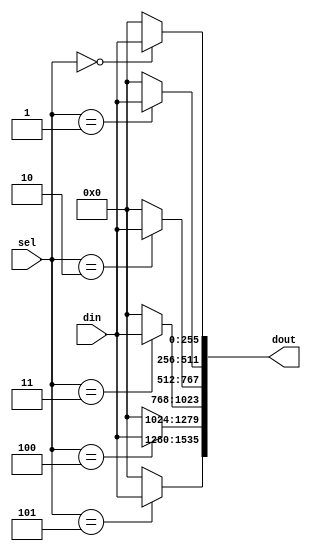
`timescale 1ns / 1ps
module data_demux #(
		parameter    CHN_NUM      = 6   				,		
		parameter    DWID         = 256 				,       
		parameter    NUMWID       = logb(CHN_NUM) 	 	    
)(
		input   wire [DWID-1:0]         din 			,		
		input   wire [NUMWID-1:0]       sel 			, 		
		output  reg  [DWID*CHN_NUM-1:0] dout     		 		
);

function integer logb;
  input integer depth;
  integer depth_reg;
	begin
        depth_reg = depth;
        for (logb=0; depth_reg>0; logb=logb+1)begin
          depth_reg = depth_reg >> 1;
        end
        if( 2**logb >= depth*2 )begin
          logb = logb - 1;
        end
	end 
endfunction


integer i;
always@( * ) begin
	for( i=0; i<CHN_NUM; i=i+1 ) begin
		if( sel==i ) begin
			dout[DWID*i +: DWID] = din;
		end
		else begin
			dout[DWID*i +: DWID] = {DWID{1'b0}};
		end
	end
end

endmodule